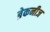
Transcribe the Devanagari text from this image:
ब्रेकनीज